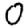
Digit: 0